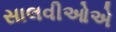
સાલવીઓએ